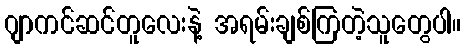
ဂျာကင်ဆင်တူလေးနဲ့ အရမ်းချစ်ကြတဲ့သူတွေပါ။